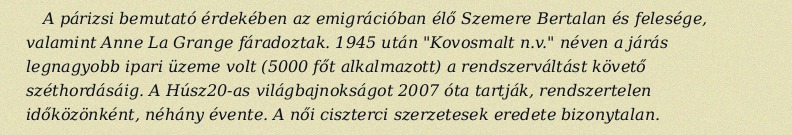
A párizsi bemutató érdekében az emigrációban élő Szemere Bertalan és felesége, valamint Anne La Grange fáradoztak. 1945 után "Kovosmalt n.v." néven a járás legnagyobb ipari üzeme volt (5000 főt alkalmazott) a rendszerváltást követő széthordásáig. A Húsz20-as világbajnokságot 2007 óta tartják, rendszertelen időközönként, néhány évente. A női ciszterci szerzetesek eredete bizonytalan.